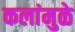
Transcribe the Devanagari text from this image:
कलांमुळे